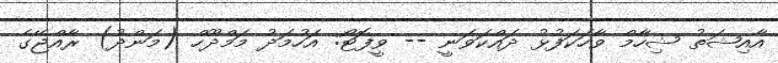
އާއިޝަތު ޝިހާމް ވާހަކަފުޅު ދައްކަވަނީ -- ވީފޮޓޯ: އަހުމަދު މަމްދޫހް (މަންދު) ރާއްޖޭގެ